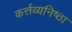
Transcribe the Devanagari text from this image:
कर्त्तव्यनिष्ठा